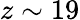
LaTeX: z\sim 19